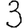
Digit: 3